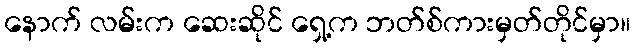
နောက် လမ်းက ဆေးဆိုင် ရှေ့က ဘတ်စ်ကားမှတ်တိုင်မှာ။